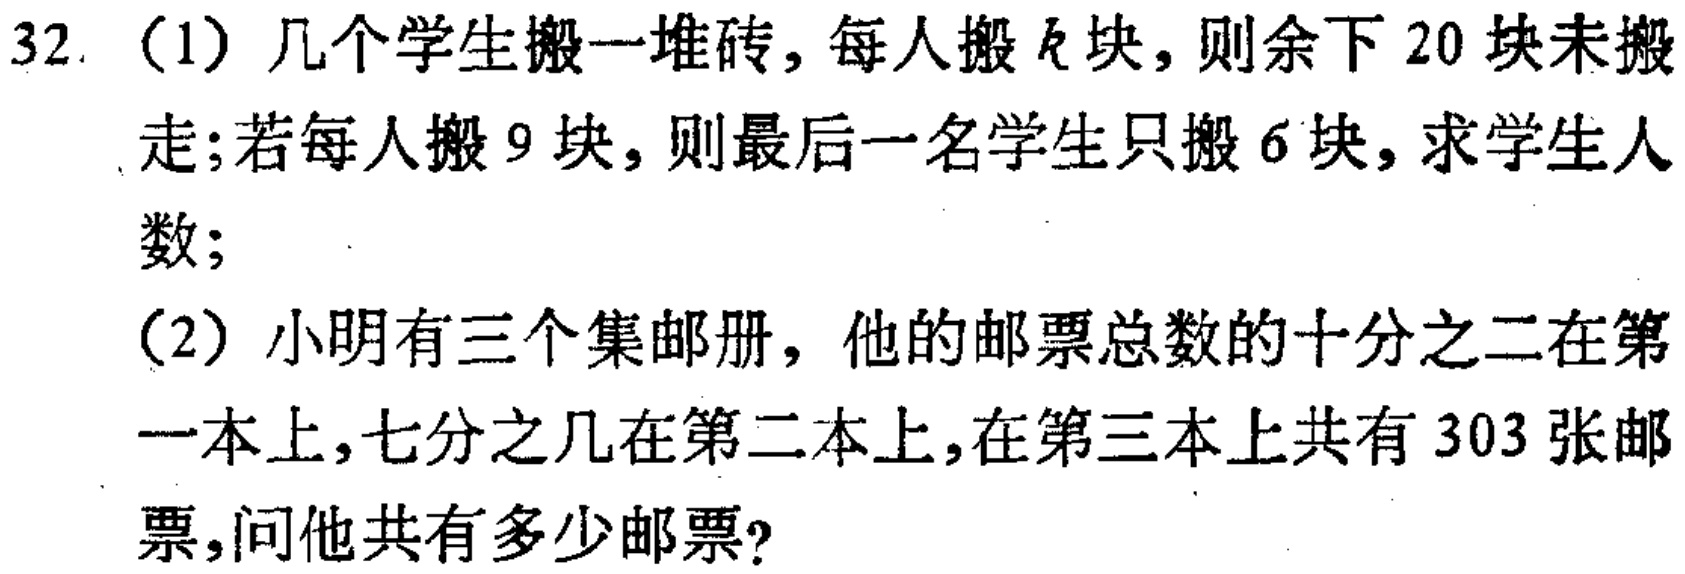
32.（1）几个学生搬一堆砖，每人搬\(k\)块，则余下20块未搬走；若每人搬9块，则最后一名学生只搬6块，求学生人数；
（2）小明有三个集邮册，他的邮票总数的十分之二在第一本上，七分之几在第二本上，在第三本上共有303张邮票，问他共有多少邮票？